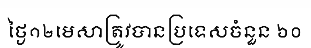
ថ្ងៃ១២មេសាត្រូវបានប្រទេសចំនួន ៦០